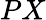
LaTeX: PX